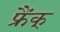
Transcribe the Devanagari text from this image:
फ्रैंक्